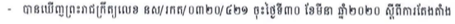
- បានឃើញព្រះរាជក្រឹត្យលេខ នស/រកត/០៣២០/៤២១ ចុះថ្ងៃទី៣០ ខែមីនា ឆ្នាំ២០២០ ស្តីពីការតែងតាំង